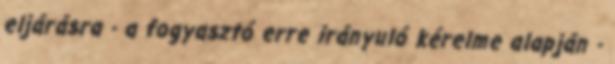
eljárásra - a fogyasztó erre irányuló kérelme alapján -